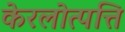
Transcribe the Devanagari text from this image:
केरलोत्पत्ति